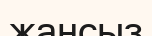
жансыз